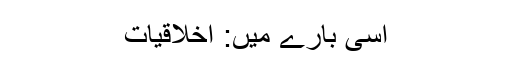
اسی بارے میں: اخلاقیات